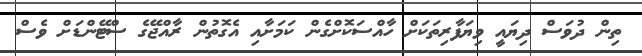
ތިން ދުވަސް ދިޔައީ ވިޔަފާރިތަކަށް ހާއްސަކޮށްގެން ކަމަށާއި އެގޮތުން ރާއްޖޭގެ ސްޓޭންޑަށް ވެސް